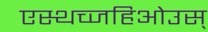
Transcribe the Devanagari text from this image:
एस्थच्जहिओउस्